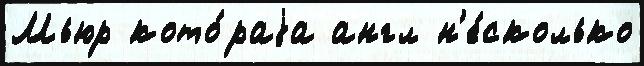
Мьюр кото́раjа англ н'е́сколько